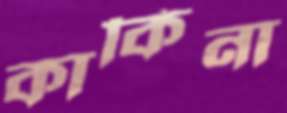
কাকিনা